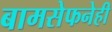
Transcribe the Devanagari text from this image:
बामसेफनेही